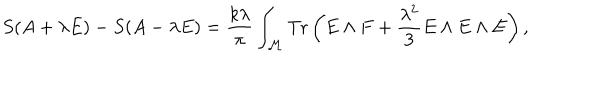
S ( A + \lambda E ) - S ( A - \lambda E ) = { \frac { k \lambda } { \pi } } \int _ { \cal M } \mathrm { T r } \left( E \wedge F + { \frac { \lambda ^ { 2 } } { 3 } } E \wedge E \wedge E \right) ,